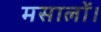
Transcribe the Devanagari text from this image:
मसालों।